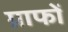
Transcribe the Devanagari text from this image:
ग्राफों